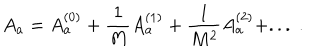
LaTeX: A _ { a } = A _ { a } ^ { ( 0 ) } + \frac { 1 } { M } A _ { a } ^ { ( 1 ) } + \frac { 1 } { M ^ { 2 } } A _ { a } ^ { ( 2 ) } + . . . \; .